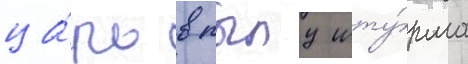
ца́рь в пылу шту́рма